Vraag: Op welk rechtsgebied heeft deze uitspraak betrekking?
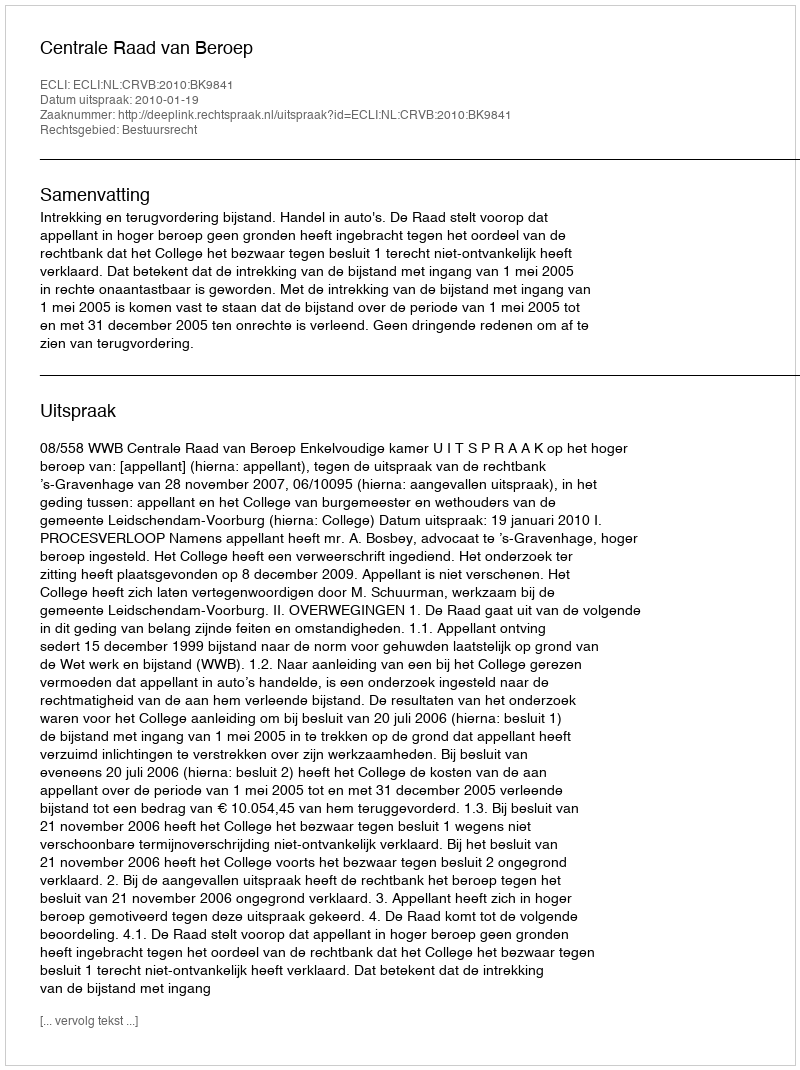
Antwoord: Bestuursrecht